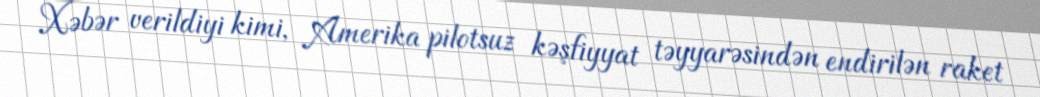
Xəbər verildiyi kimi, Amerika pilotsuz kəşfiyyat təyyarəsindən endirilən raket